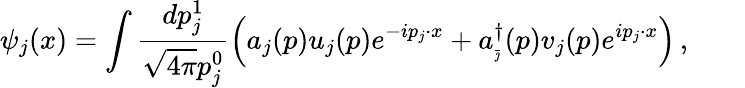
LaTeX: \psi_{j}(x)=\int\frac{dp_{j}^{1}}{\sqrt{4\pi}p_{j}^{0}}\left(a_{j}(p)u_{j}(p)e^{-ip_{j}\cdot x}+a_{_{\bar{\jmath}}}^{\dagger}(p)v_{j}(p)e^{ip_{j}\cdot x}\right)\, ,\qquad